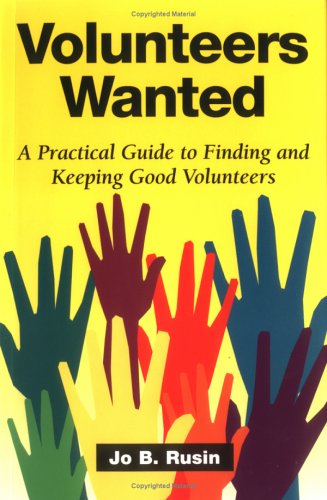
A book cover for Volunteers Wanted; Jo Bryan Rusin; Business & Money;